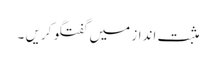
مثبت انداز میں‌ گفتگو کریں ۔